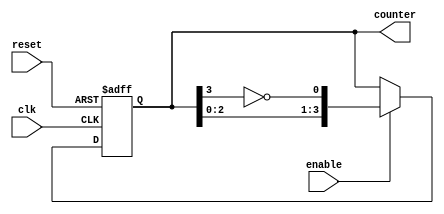
module Johnson_Counter (
    input wire clk,
    input wire reset,
    input wire enable,
    output reg [3:0] counter
);

reg [3:0] counter_reg;

always @(posedge clk or posedge reset) begin
    if (reset) begin
        counter_reg <= 4'b0000;
    end else if (enable) begin
        counter_reg <= {counter_reg[2:0], ~counter_reg[3]};
    end
end

assign counter = counter_reg;

endmodule